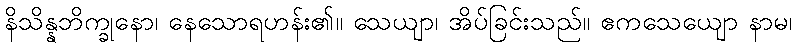
နိသိန္နဘိက္ခုနော၊ နေသောရဟန်း၏။ သေယျာ၊ အိပ်ခြင်းသည်။ ဧကသေယျော နာမ၊